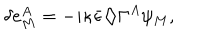
\delta e _ { M } ^ { A } = - i \kappa { \bar { \epsilon } } \diamondsuit \Gamma ^ { A } \psi _ { M } ,